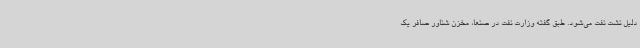
دلیل نشت نفت می‌شود. طبق گفته وزارت نفت در صنعا، مخزن شناور صافر یک